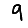
Digit: 9